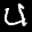
Label: 4